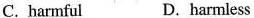
C. harmful D.harmless